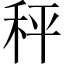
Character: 秤